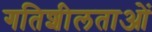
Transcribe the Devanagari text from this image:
गतिशीलताओं